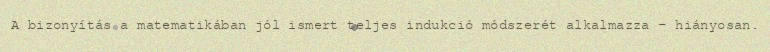
A bizonyítás a matematikában jól ismert teljes indukció módszerét alkalmazza - hiányosan.